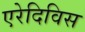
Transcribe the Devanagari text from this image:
एरेदिविस